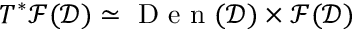
T ^ { * } \mathcal { F } ( \mathcal { D } ) \simeq \textrm { D e n } ( \mathcal { D } ) \times \mathcal { F } ( \mathcal { D } )